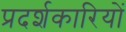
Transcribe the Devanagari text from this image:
प्रदर्शकारियों